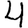
Digit: 4